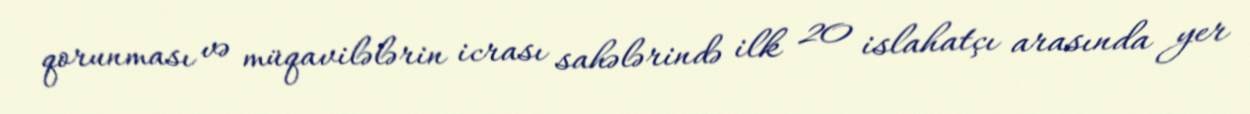
qorunması və müqavilələrin icrası sahələrində ilk 20 islahatçı arasında yer